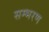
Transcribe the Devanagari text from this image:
सम्भरण